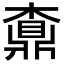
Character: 𪔇